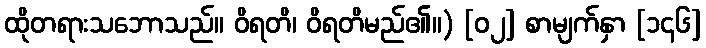
ထိုတရားသဘောသည်။ ဝိရတိ၊ ဝိရတိမည်၏။) [၀၂] စာမျက်နှာ [၁၄၆]